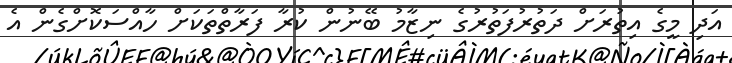
އަދި މީގެ އިތުރަށް ދަތުރުފަތުރުގެ ނިޒާމު ބޭނުން ކުރާ ފަރާތްތަކަށް ހާއްސަކޮށްގެން އެ